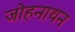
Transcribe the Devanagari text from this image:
जोहनाथन